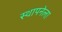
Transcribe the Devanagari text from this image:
स्‍थापनेला